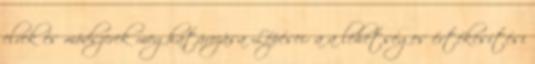
elvek és módszerek meghatározása Lépései: a a lehetséges értékesítési